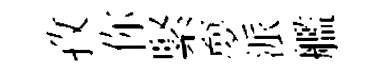
孜你緊夣派艦